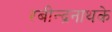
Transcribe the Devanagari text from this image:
रबीन्द्रनाथके